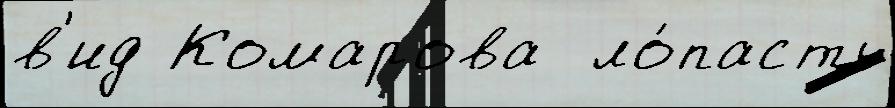
в'ид Комарова  ло́пасть